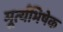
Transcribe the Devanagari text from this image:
मूर्त्यभिषेक